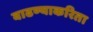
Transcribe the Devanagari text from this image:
वाढण्याकरिता